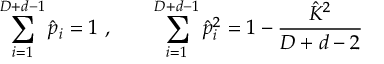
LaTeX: \sum _ { i = 1 } ^ { D + d - 1 } \hat { p } _ { i } = 1 \ , \qquad \sum _ { i = 1 } ^ { D + d - 1 } \hat { p } _ { i } ^ { 2 } = 1 - \frac { \hat { K } ^ { 2 } } { D + d - 2 }